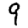
Digit: 9